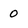
Character: 0